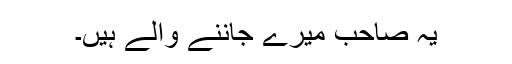
یہ صاحب میرے جاننے والے ہیں۔